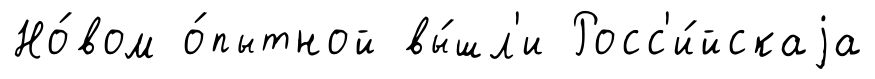
Но́вом о́пытной вы́шл'и Росс'и́йскаjа